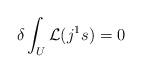
LaTeX: \begin{align*}\delta\int_U\mathcal{L}(j^1s)=0\end{align*}